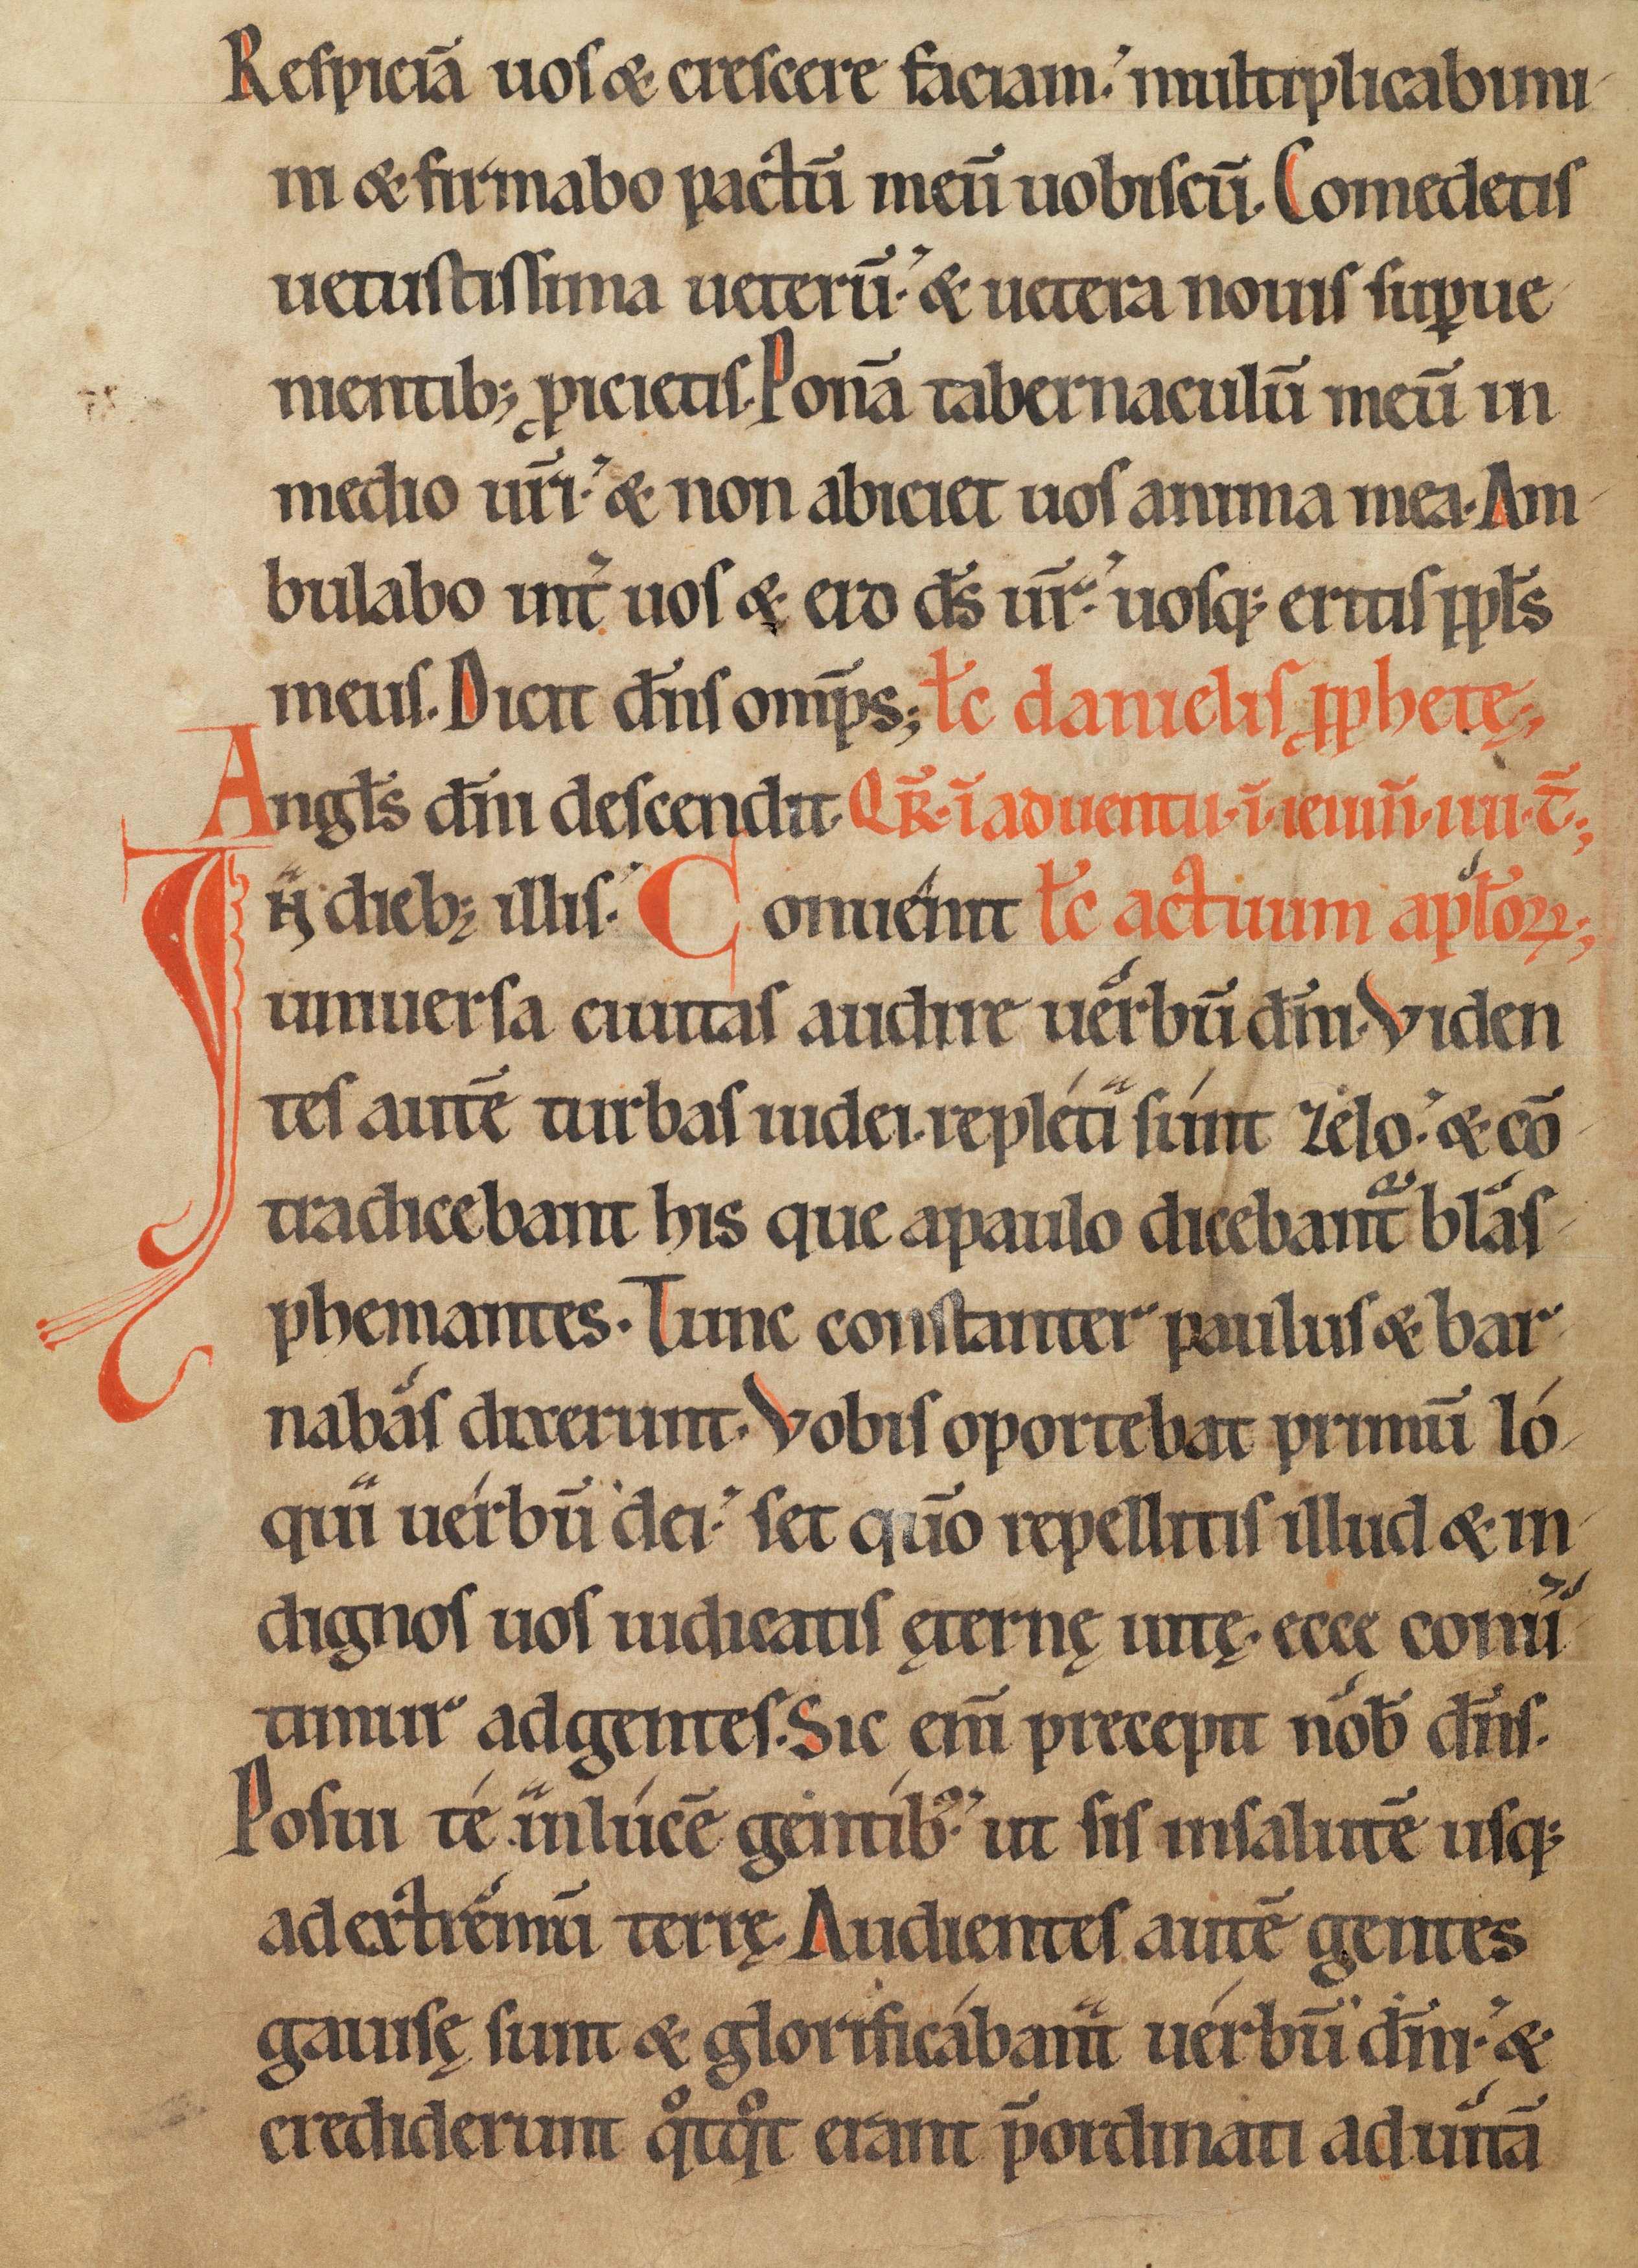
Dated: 1150–1199